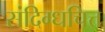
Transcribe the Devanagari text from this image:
संदिग्धचित्त